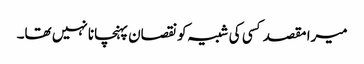
میرا مقصد کسی کی شبیہ کونقصان پہنچانا نہیں تھا۔